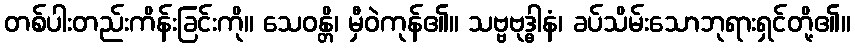
တစ်ပါးတည်းကိန်းခြင်းကို။ သေဝန္တိ၊ မှီဝဲကုန်၏။ သဗ္ဗဗုဒ္ဓါနံ၊ ခပ်သိမ်းသောဘုရားရှင်တို့၏။